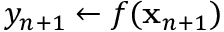
y _ { n + 1 } \leftarrow f ( \mathbf { x } _ { n + 1 } )